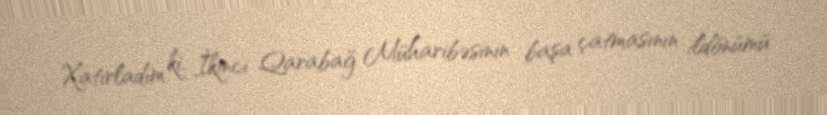
Xatırladım ki, İkinci Qarabağ Müharibəsinin başa çatmasının ildönümü